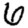
Digit: 6